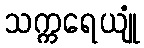
သက္ကရေယျုံ